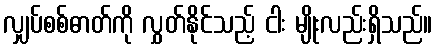
လျှပ်စစ်ဓာတ်ကို လွှတ်နိုင်သည့် ငါး မျိုးလည်းရှိသည်။